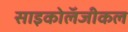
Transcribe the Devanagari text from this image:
साइकोलॅजीकल